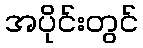
အပိုင်းတွင်